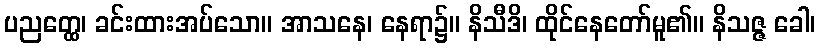
ပညတ္ထေ၊ ခင်းထားအပ်သော။ အာသနေ၊ နေရာ၌။ နိသီဒိ၊ ထိုင်နေတော်မူ၏။ နိသဇ္ဇ ခေါ၊